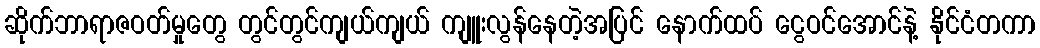
ဆိုက်ဘာရာဇဝတ်မှုတွေ တွင်တွင်ကျယ်ကျယ် ကျူးလွန်နေတဲ့အပြင် နောက်ထပ် ငွေဝင်အောင်နဲ့ နိုင်ငံတကာ